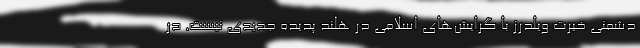
دشمنی خیرت ویلدرز با گرایش‌های اسلامی در هلند پدیده جدیدی نیست. در